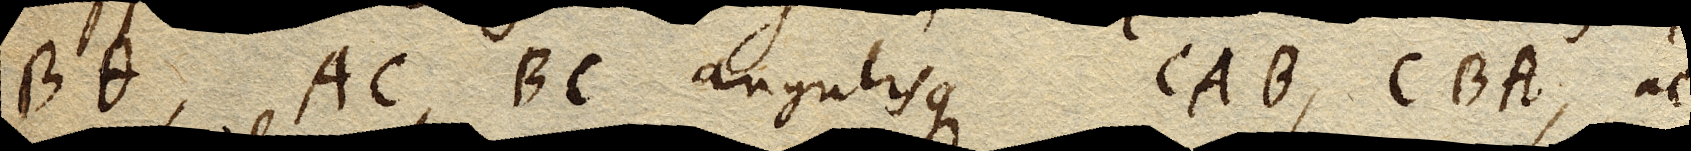
Bθ, AC, BC angulisque CAB, CBA, ac